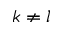
k \neq l